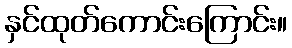
နှင်ထုတ်ကောင်းကြောင်း။